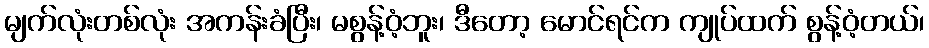
မျက်လုံးတစ်လုံး အကန်းခံပြီး၊ မစွန့်ဝံ့ဘူး၊ ဒီတော့ မောင်ရင်က ကျုပ်ထက် စွန့်ဝံ့တယ်၊